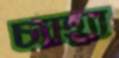
চ্যাহ্যা